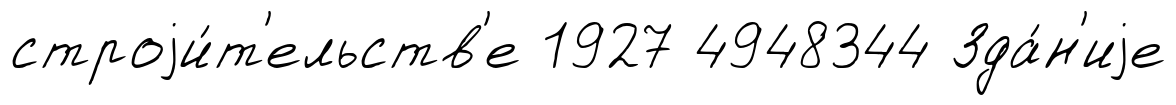
строjи́т'ельств'е 1927 4948344 Зда́н'иjе